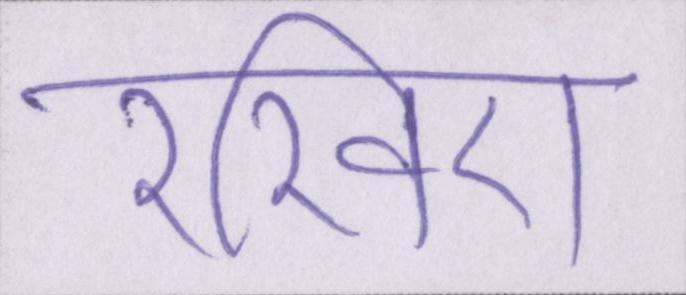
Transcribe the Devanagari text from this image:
रखिए